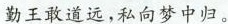
勤王敢道远，私向梦中归。